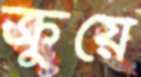
ক্রুয়ে